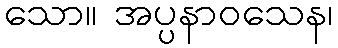
သော။ အပ္ပနာဝသေန၊